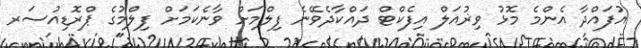
އުފައްދާ އެންމެ މޮޅު ވިޜުއަލް އިފެކްޓް ދައްކާދެވޭނެ ފިލްމަށް ވާނެކަމަށް ފިލްމުގެ ޕްރޮޑިއުސަރ